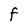
Character: F